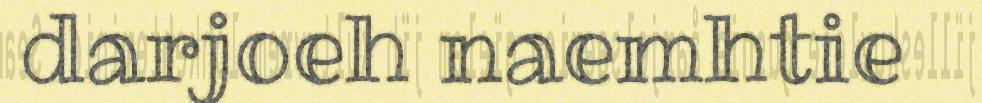
darjoeh naemhtie